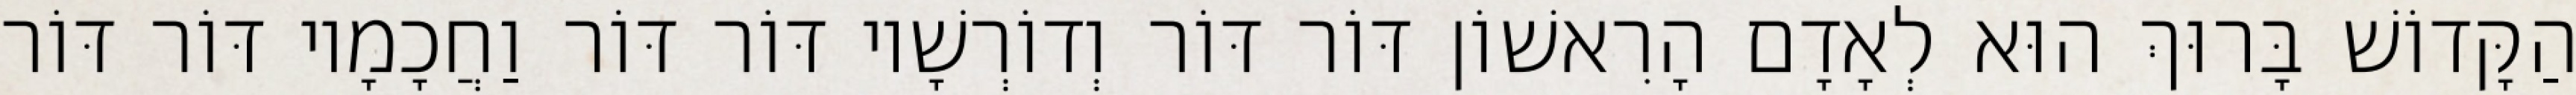
הַקָּדוֹשׁ בָּרוּךְ הוּא לְאָדָם הָרִאשׁוֹן דּוֹר דּוֹר וְדוֹרְשָׁיו דּוֹר דּוֹר וַחֲכָמָיו דּוֹר דּוֹר